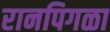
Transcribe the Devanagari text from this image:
रानपिगळा